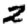
Digit: 2